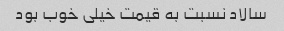
سالاد نسبت به قیمت خیلی خوب بود